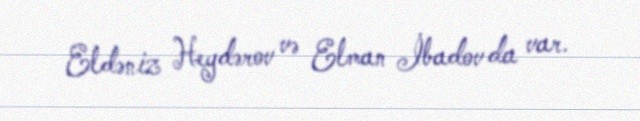
Eldəniz Heydərov və Elman İbadov da var.